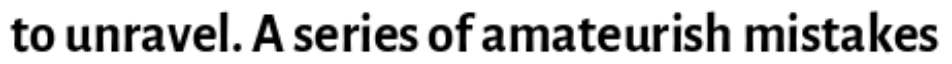
to unravel. A series of amateurish mistakes